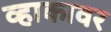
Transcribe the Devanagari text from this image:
व्हाकावर